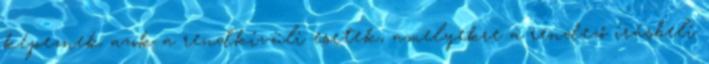
képeznek azok a rendkívüli esetek, amelyekre a rendező írásbeli